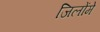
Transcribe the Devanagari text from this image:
जिलोंमे